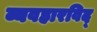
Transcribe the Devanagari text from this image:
व्यवहारविद्